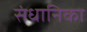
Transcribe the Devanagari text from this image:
संधानिका